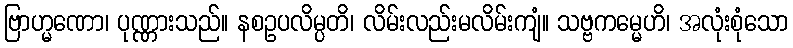
ဗြာဟ္မဏော၊ ပုဏ္ဏားသည်။ နစဥပလိမ္ပတိ၊ လိမ်းလည်းမလိမ်းကျံ။ သဗ္ဗကမ္မေဟိ၊ အလုံးစုံသော